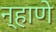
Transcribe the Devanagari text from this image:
न्हाणे